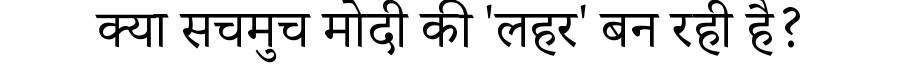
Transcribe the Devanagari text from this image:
क्या सचमुच मोदी की 'लहर' बन रही है?